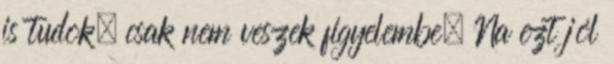
is tudok, csak nem veszek figyelembe. Na ezt jól